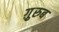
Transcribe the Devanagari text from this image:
ग़़ुरुब